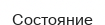
Состояние